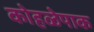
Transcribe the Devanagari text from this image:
कोहळेपाक